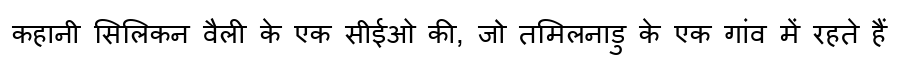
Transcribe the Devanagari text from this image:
कहानी सिलिकन वैली के एक सीईओ की, जो तमिलनाडु के एक गांव में रहते हैं